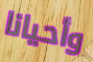
وأحيانا